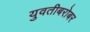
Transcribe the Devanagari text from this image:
युवतीबरोबर